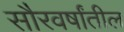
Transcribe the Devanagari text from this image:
सौरवर्षांतील